Statistical return of the lunatic asylum in Assam - 1912-1932
Year: 1912
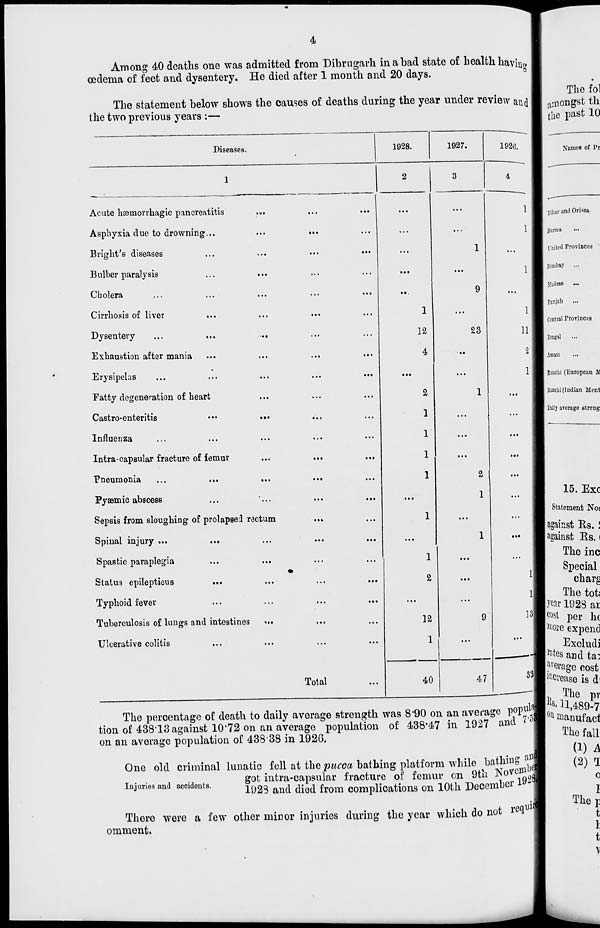
4
Among 40 deaths one was admitted from Dibrugarh in a bad state of health haviur,
oedema of feet and dysentery. He died after 1 month and 20 days.
The statement below shows the causes of deaths during the year under review and
the two previous years :—
Diseases.
1928.
Acute haemorrhagic pancreatitis
Asphyxia due to drowning...
Bright's diseases
Bulber paralysis
Cholera
Cirrhosis of liver
Dysentery
Exhaustion after mania
Erysipelas
Patty degeneration of heart
Castro-enteritis
••■
...
Influenza
Intra-capsular fracture of iemur
Pneumonia
Pyaemic abscess
Sepsis from sloughing of prolapsed rectum
Spinal injury ...
Spastic paraplegia
Status epilepticus
...
Typhoid fever
Tuberculosis of lungs and intestines
<«•
Ulcerative colitis
Total
2
12
4
2
1
1
1
12
1
40
1927.
9
23
9
47
1926.
1
1
13
33
The percentage of death to daily average strength was 8*90 on an average V°V^,
tion of 438-13against 10'72 on an average population of 438*47 in 1927 and 7o|
on an average population of 43838 in 192G.
One old criminal lunatic fell at the pucca bathing platform while bathing an l
T . .
got intra-capsular fracture of femur on 9th Novcin'|
Injuries and accents.
J Mg ^ ^ ^ complications Qn m]l D eoem ber 19?"
There were a few other minor injuries during the year which do not re( l l
omment.
The fol
amongst th
the past 10
Names of Pr
I
1 Bihar and Orissa
1 1 Burma
1 Vnited Provinces
1 1 Bombay ...
1 Madras
...
1 Punjab
1
1 Central Provinces
11
1 leugil
2 1 .Msini
1 1 Rancbi (European M
1 P.anclii(ludian Ment
1 Uaily average strong
15. Exc
Statement Nos
against Rs. !
(against Ks. i
The inc
Special
charg
The toti
I J'ear 1928 ar
cost per he
[more expend
Excludi
| rat esarjdta:
? v erage cost
Increase is di
The pr
P* 11,48 W
| 0n^a nufact
The fall
(1) A
(2) I
o
1
Thep
t
1
t
v